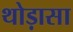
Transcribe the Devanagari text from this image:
थोड़ासा